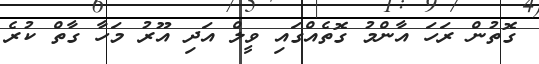
ގޮތުން ރަހަ އާންމު ގޮތެއްގައި ވީލް އަދި އޫރު މަހާ ގާތް ކުރެ